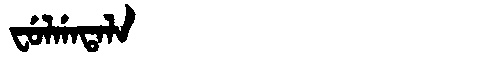
Manchu: ᠸᡠᠯᡤᠠᡨᠠᠯᠠ
Romanization: FULGATALA